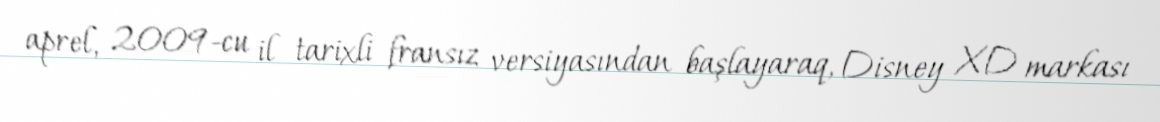
aprel, 2009-cu il tarixli fransız versiyasından başlayaraq, Disney XD markası